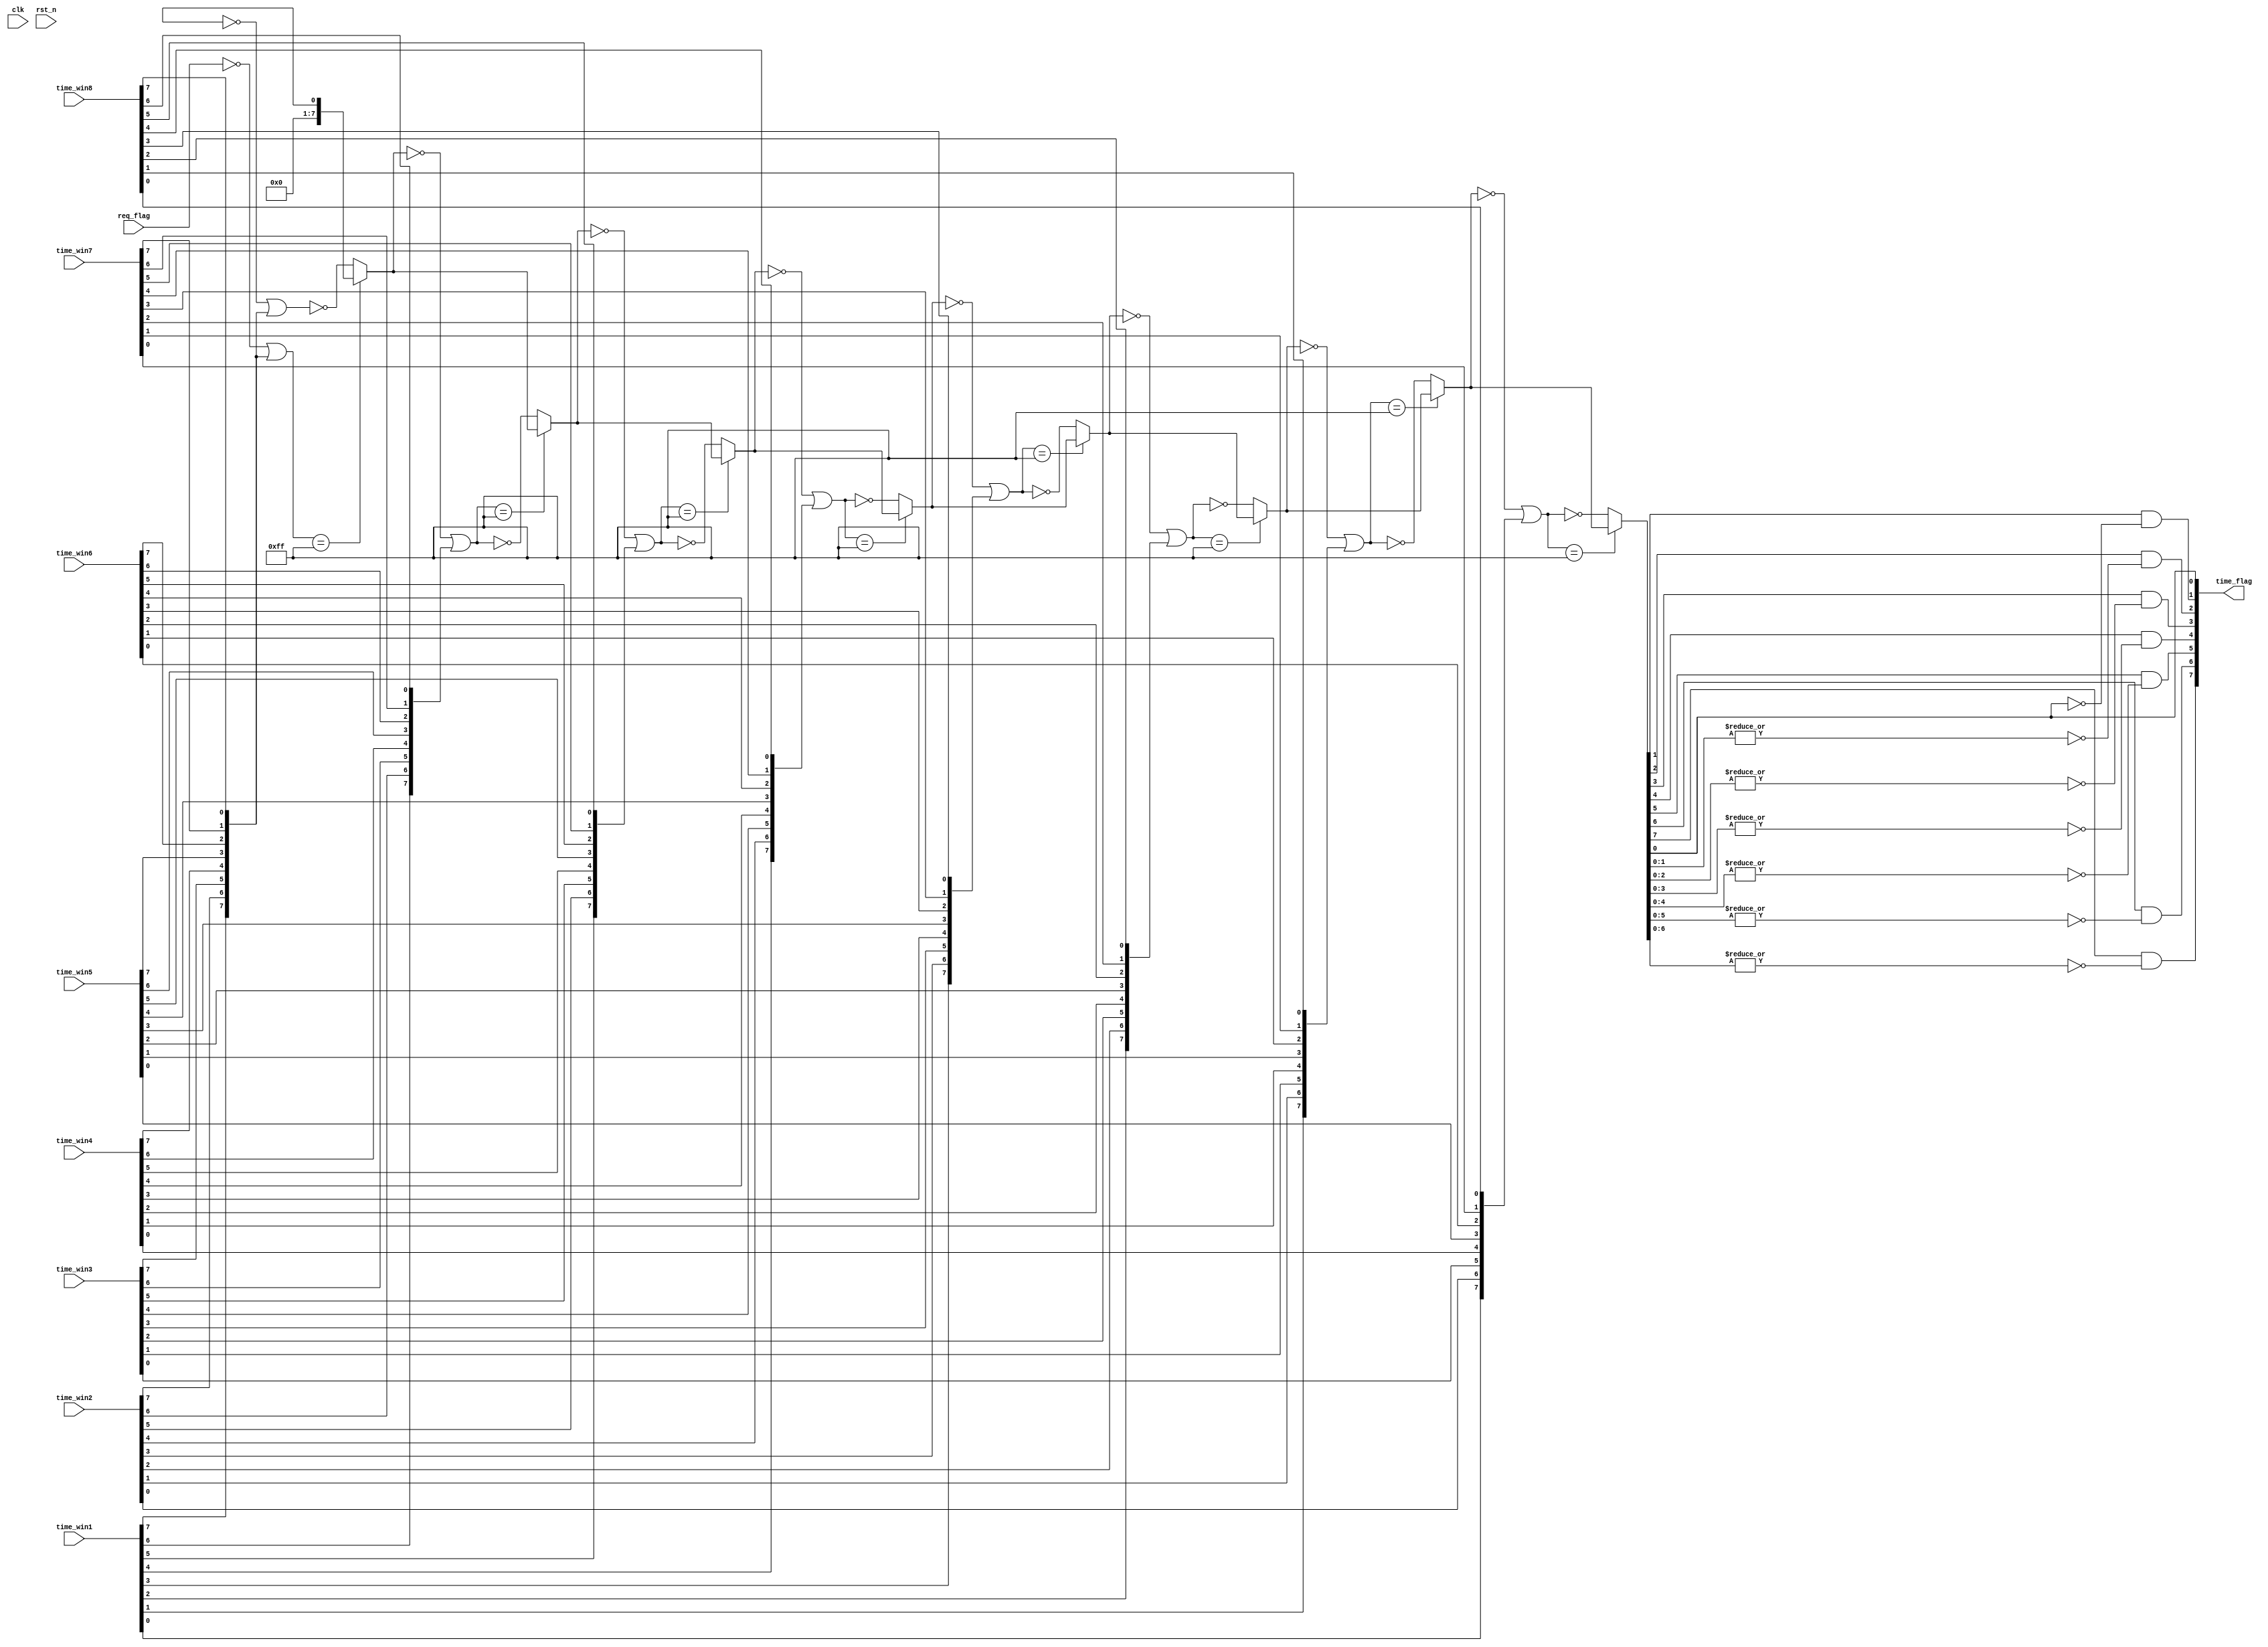
module min(
    input   clk,
    input   rst_n,
    input   [7:0]           req_flag,
    input   [7:0]           time_win1,
    input   [7:0]           time_win2,
    input   [7:0]           time_win3,
    input   [7:0]           time_win4,
    input   [7:0]           time_win5,
    input   [7:0]           time_win6,
    input   [7:0]           time_win7,
    input   [7:0]           time_win8,
    output  [7:0]           time_flag
    );
    
    wire    [7:0]           value_flag1;
    wire    [7:0]           value_flag2;
    wire    [7:0]           value_flag3;
    wire    [7:0]           value_flag4;
    wire    [7:0]           value_flag5;
    wire    [7:0]           value_flag6;
    wire    [7:0]           value_flag7;
    wire    [7:0]           value_flag8;
    wire    [7:0]           win1;
    wire    [7:0]           win2;
    wire    [7:0]           win3;
    wire    [7:0]           win4;
    wire    [7:0]           win5;
    wire    [7:0]           win6;
    wire    [7:0]           win7;
    wire    [7:0]           win8;
    
    assign  win1 = {time_win1[7],time_win2[7],time_win3[7],time_win4[7],time_win5[7],time_win6[7],time_win7[7],time_win8[7]};
    assign  win2 = {time_win1[6],time_win2[6],time_win3[6],time_win4[6],time_win5[6],time_win6[6],time_win7[6],time_win8[6]};
    assign  win3 = {time_win1[5],time_win2[5],time_win3[5],time_win4[5],time_win5[5],time_win6[5],time_win7[5],time_win8[5]};
    assign  win4 = {time_win1[4],time_win2[4],time_win3[4],time_win4[4],time_win5[4],time_win6[4],time_win7[4],time_win8[4]};
    assign  win5 = {time_win1[3],time_win2[3],time_win3[3],time_win4[3],time_win5[3],time_win6[3],time_win7[3],time_win8[3]};
    assign  win6 = {time_win1[2],time_win2[2],time_win3[2],time_win4[2],time_win5[2],time_win6[2],time_win7[2],time_win8[2]};
    assign  win7 = {time_win1[1],time_win2[1],time_win3[1],time_win4[1],time_win5[1],time_win6[1],time_win7[1],time_win8[1]};
    assign  win8 = {time_win1[0],time_win2[0],time_win3[0],time_win4[0],time_win5[0],time_win6[0],time_win7[0],time_win8[0]};
    
    assign  value_flag1 = (((~req_flag   )|win1) == 8'b1111_1111)? seq_flag    : ~((~seq_flag   )|win1);
    assign  value_flag2 = (((~value_flag1)|win2) == 8'b1111_1111)? value_flag1 : ~((~value_flag1)|win2);
    assign  value_flag3 = (((~value_flag2)|win3) == 8'b1111_1111)? value_flag2 : ~((~value_flag2)|win3);
    assign  value_flag4 = (((~value_flag3)|win4) == 8'b1111_1111)? value_flag3 : ~((~value_flag3)|win4);
    assign  value_flag5 = (((~value_flag4)|win5) == 8'b1111_1111)? value_flag4 : ~((~value_flag4)|win5);
    assign  value_flag6 = (((~value_flag5)|win6) == 8'b1111_1111)? value_flag5 : ~((~value_flag5)|win6);
    assign  value_flag7 = (((~value_flag6)|win7) == 8'b1111_1111)? value_flag6 : ~((~value_flag6)|win7);
    assign  value_flag8 = (((~value_flag7)|win8) == 8'b1111_1111)? value_flag7 : ~((~value_flag7)|win8);
    
    generate
    genvar  i;
        for(i=1;i<8;i=i+1)
            begin:min_
            assign time_flag[i] = value_flag8[i]&(~(|value_flag8[i-1:0]));
            end
    endgenerate
    
    assign  time_flag[0] = value_flag8[0];

    
    endmodule